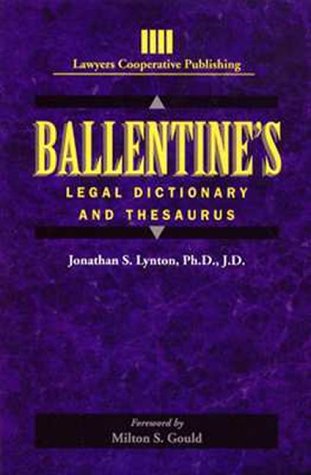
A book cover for Ballentine's Legal Dictionary/Thesaurus (Lawyers Cooperative Publishing); Jonathon Lynton; Law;